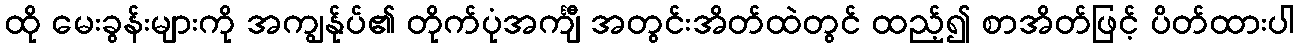
ထို မေးခွန်းများကို အကျွန်ုပ်၏ တိုက်ပုံအင်္ကျီ အတွင်းအိတ်ထဲတွင် ထည့်၍ စာအိတ်ဖြင့် ပိတ်ထားပါ